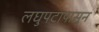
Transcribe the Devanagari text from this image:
लघुपटापासून